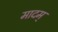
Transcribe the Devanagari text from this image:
मादम्